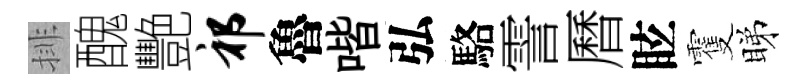
排醜艷祁魯喈弘駱霅曆眩䨥睇